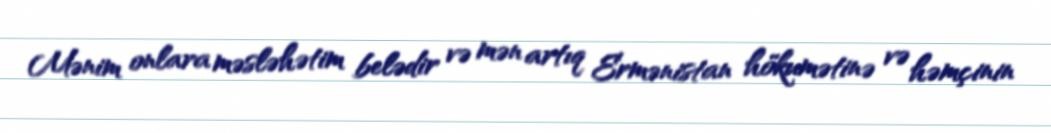
Mənim onlara məsləhətim belədir və mən artıq Ermənistan hökumətinə və həmçinin